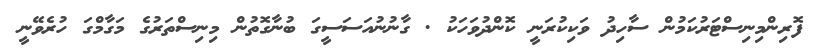
ފޮރިންމިނިސްޓަރުކަމުން ސާހިދު ވަކިކުރަނީ ކޮންދުވަހަކު . ގާނުނުއަސަސީގަ ބުނާގޮތުން މިނިސްތަރުގެ މަގާމްގަ ހުރެވޭނީ